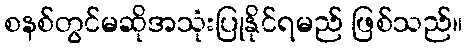
စနစ်တွင်မဆိုအသုံးပြုနိုင်ရမည် ဖြစ်သည်။